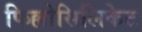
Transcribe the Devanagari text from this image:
फिल्लोसिलिकेट